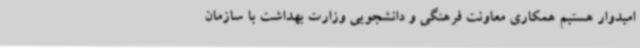
امیدوار هستیم همکاری معاونت فرهنگی و دانشجویی وزارت بهداشت با سازمان